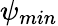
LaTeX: \psi_{min}